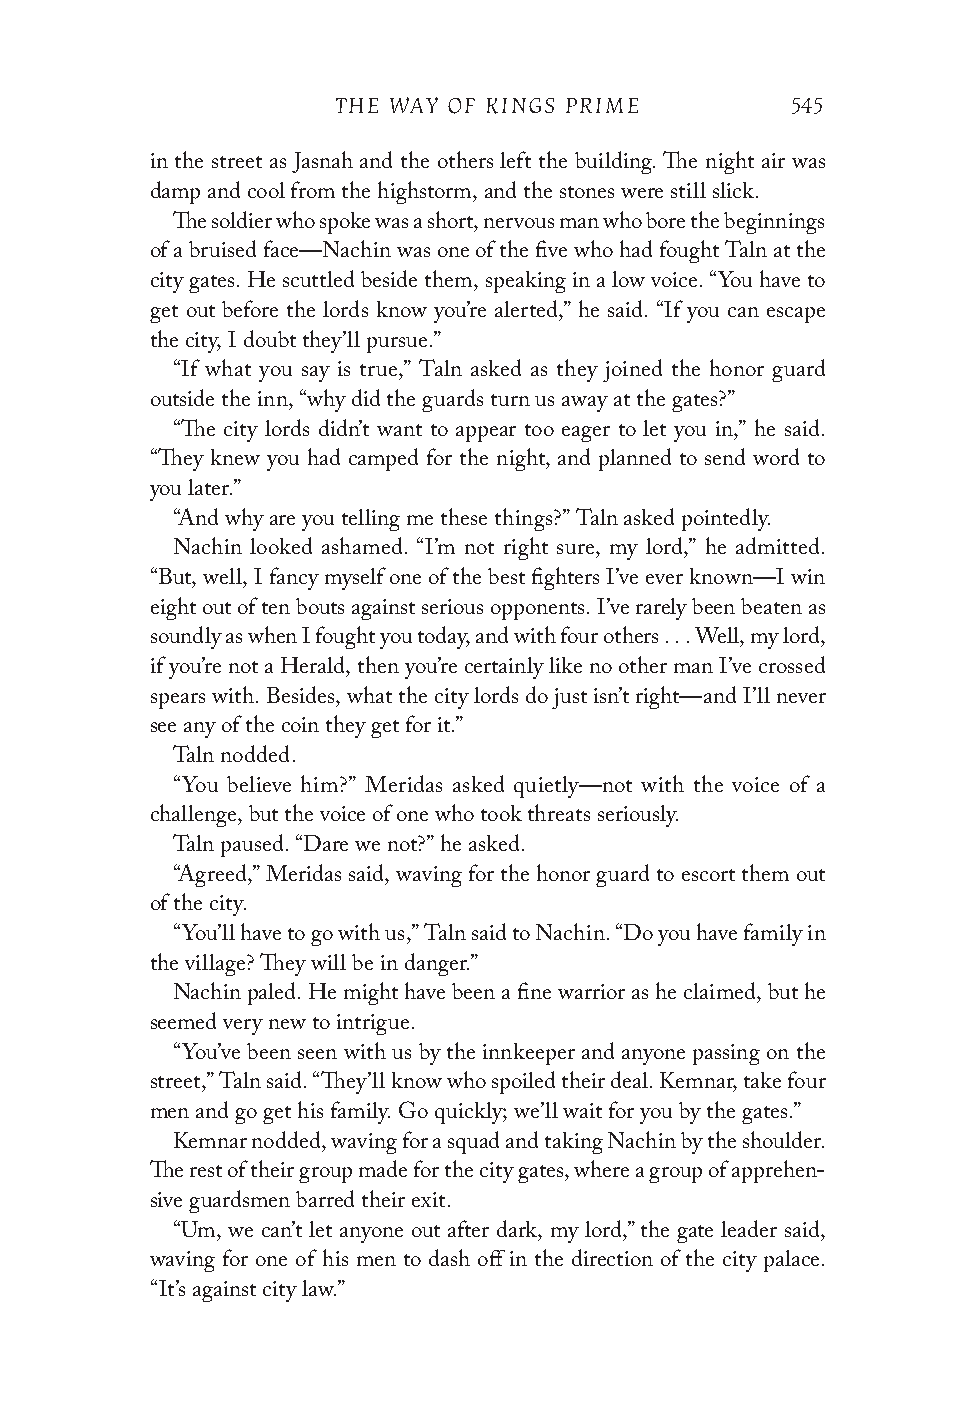
THE WAY OF KINGS PRIME        545
 in the street as Jasnah and the others left the building. The night air was
 damp and cool from the highstorm, and the stones were still slick.
 The soldier who spoke was a short, nervous man who bore the beginnings
 of a bruised face—Nachin was one of the five who had fought Taln at the
 city gates. He scuttled beside them, speaking in a low voice. “You have to
 get out before the lords know you’re alerted,” he said. “If you can escape
 the city, I doubt they’ll pursue.”
 “If what you say is true,” Taln asked as they joined the honor guard
 outside the inn, “why did the guards turn us away at the gates?”
 “The city lords didn’t want to appear too eager to let you in,” he said.
 “They knew you had camped for the night, and planned to send word to
 you later.”
 “And why are you telling me these things?” Taln asked pointedly.
 Nachin looked ashamed. “I’m not right sure, my lord,” he admitted.
 “But, well, I fancy myself one of the best fighters I’ve ever known—I win
 eight out of ten bouts against serious opponents. I’ve rarely been beaten as
 soundly as when I fought you today, and with four others . . . Well, my lord,
 if you’re not a Herald, then you’re certainly like no other man I’ve crossed
 spears with. Besides, what the city lords do just isn’t right—and I’ll never
 see any of the coin they get for it.”
 Taln nodded.
 “You believe him?” Meridas asked quietly—not with the voice of a
 challenge, but the voice of one who took threats seriously.
 Taln paused. “Dare we not?” he asked.
 “Agreed,” Meridas said, waving for the honor guard to escort them out
 of the city.
 “You’ll have to go with us,” Taln said to Nachin. “Do you have family in
 the village? They will be in danger.”
 Nachin paled. He might have been a fine warrior as he claimed, but he
 seemed very new to intrigue.
 “You’ve been seen with us by the innkeeper and anyone passing on the
 street,” Taln said. “They’ll know who spoiled their deal. Kemnar, take four
 men and go get his family. Go quickly; we’ll wait for you by the gates.”
 Kemnar nodded, waving for a squad and taking Nachin by the shoulder.
 The rest of their group made for the city gates, where a group of apprehen-
 sive guardsmen barred their exit.
 “Um, we can’t let anyone out after dark, my lord,” the gate leader said,
 waving for one of his men to dash off in the direction of the city palace.
 “It’s against city law.”